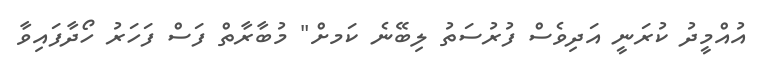
އުއްމީދު ކުރަނީ އަދިވެސް ފުރުސަތު ލިބޭނެ ކަމށް" މުބާރާތް ފަސް ފަހަރު ހޯދާފައިވާ